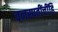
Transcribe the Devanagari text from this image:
वनस्पतींचींहि